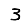
Digit: 3